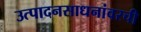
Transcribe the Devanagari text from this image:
उत्पादनसाधनांवरची